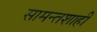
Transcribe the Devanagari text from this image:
सामन्‍तशाही